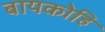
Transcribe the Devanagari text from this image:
बायकोहि